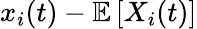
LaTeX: x_{i}(t)-\mathbb{E}\left[X_{i}(t)\right]